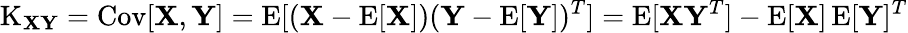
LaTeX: \operatorname{K}_{\mathbf{X}\mathbf{Y}}=\operatorname{Cov}[\mathbf{X},\mathbf{Y}]=\operatorname{E}[(\mathbf{X}-\operatorname{E}[\mathbf{X}])(\mathbf{Y}-\operatorname{E}[\mathbf{Y}])^{T}]=\operatorname{E}[\mathbf{X}\mathbf{Y}^{T}]-\operatorname{E}[\mathbf{X}]\operatorname{E}[\mathbf{Y}]^{T}